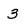
Character: 3